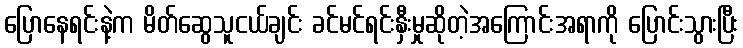
ပြောနေရင်းနဲ့က မိတ်ဆွေသူငယ်ချင်း ခင်မင်ရင်းနှီးမှုဆိုတဲ့အကြောင်းအရာကို ပြောင်းသွားပြီး